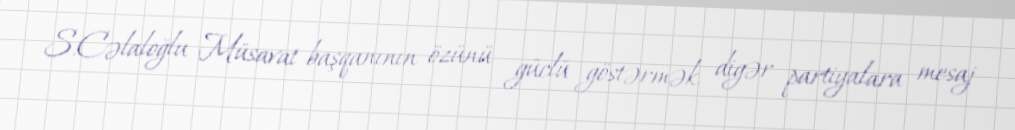
S.Cəlaloğlu Müsavat başqanının özünü güclü göstərmək, digər partiyalara mesaj